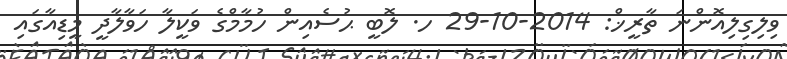
ވިލިގިލިއޮންނަ ތާރީޚް: 2014-10-29 ހ. ލޮބީ ޙުސެއިން ހުމާމްގެ ވަކީލާ ހަވާލާދީ މީޑިއާގައި